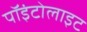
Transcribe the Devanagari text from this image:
पॉइंटोलाइट